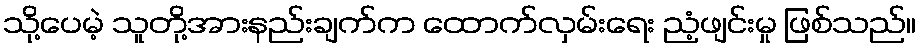
သို့ပေမဲ့ သူတို့အားနည်းချက်က ထောက်လှမ်းရေး ညံ့ဖျင်းမှု ဖြစ်သည်။